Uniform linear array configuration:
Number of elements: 64
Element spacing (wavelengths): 0.5
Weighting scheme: blackman
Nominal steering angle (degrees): -60
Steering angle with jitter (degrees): -58.516
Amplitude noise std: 0.05
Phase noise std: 0.05

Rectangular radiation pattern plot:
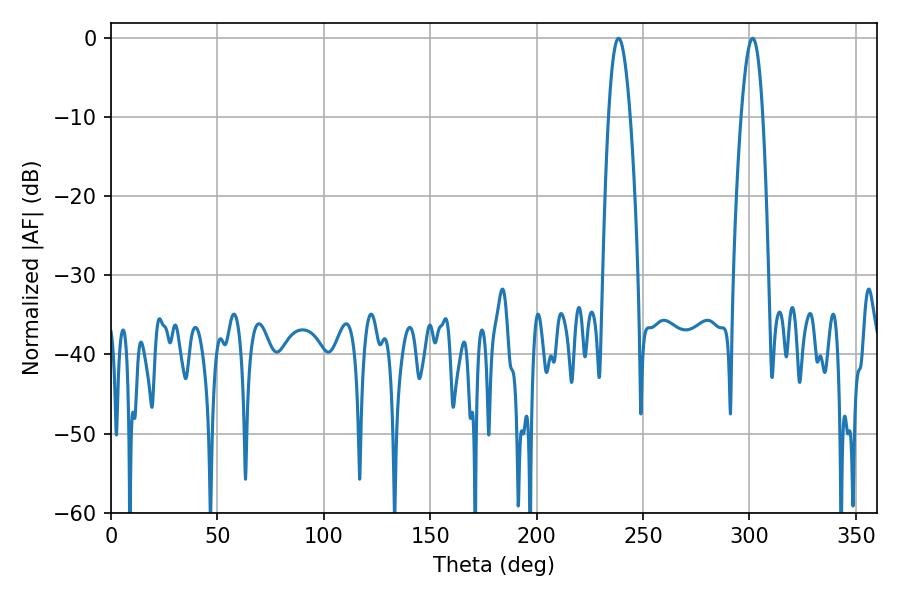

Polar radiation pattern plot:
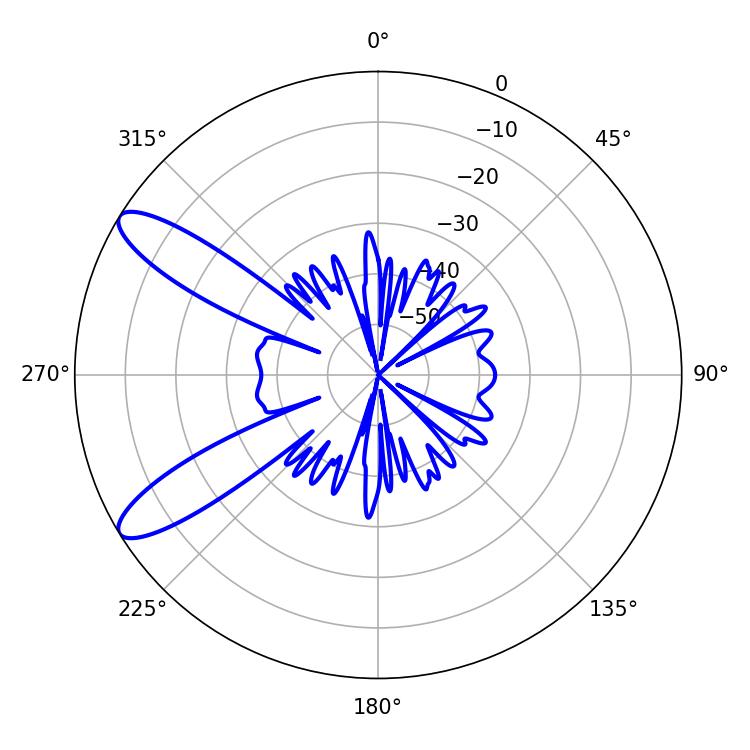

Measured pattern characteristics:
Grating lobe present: FALSE
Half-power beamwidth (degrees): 5.58
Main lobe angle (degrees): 301.5